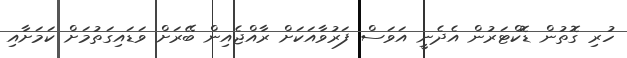
ހުރި ގޮތުން ޑޮކްޓަރުން އެދެނީ އަވަސް ފަރުވާއަކަށް ރާއްޖެއިން ބޭރަށް ވަޑައިގަތުމަށް ކަމަށާއި